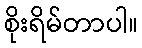
စိုးရိမ်တာပါ။